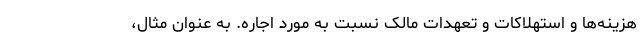
هزینه‌ها و استهلاکات و تعهدات مالک نسبت به مورد اجاره. به عنوان مثال،